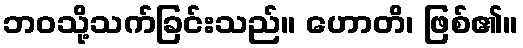
ဘဝသို့သက်ခြင်းသည်။ ဟောတိ၊ ဖြစ်၏။